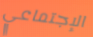
الإجتماعي